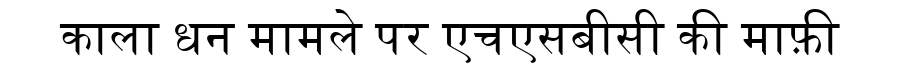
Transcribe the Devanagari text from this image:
काला धन मामले पर एचएसबीसी की माफ़ी